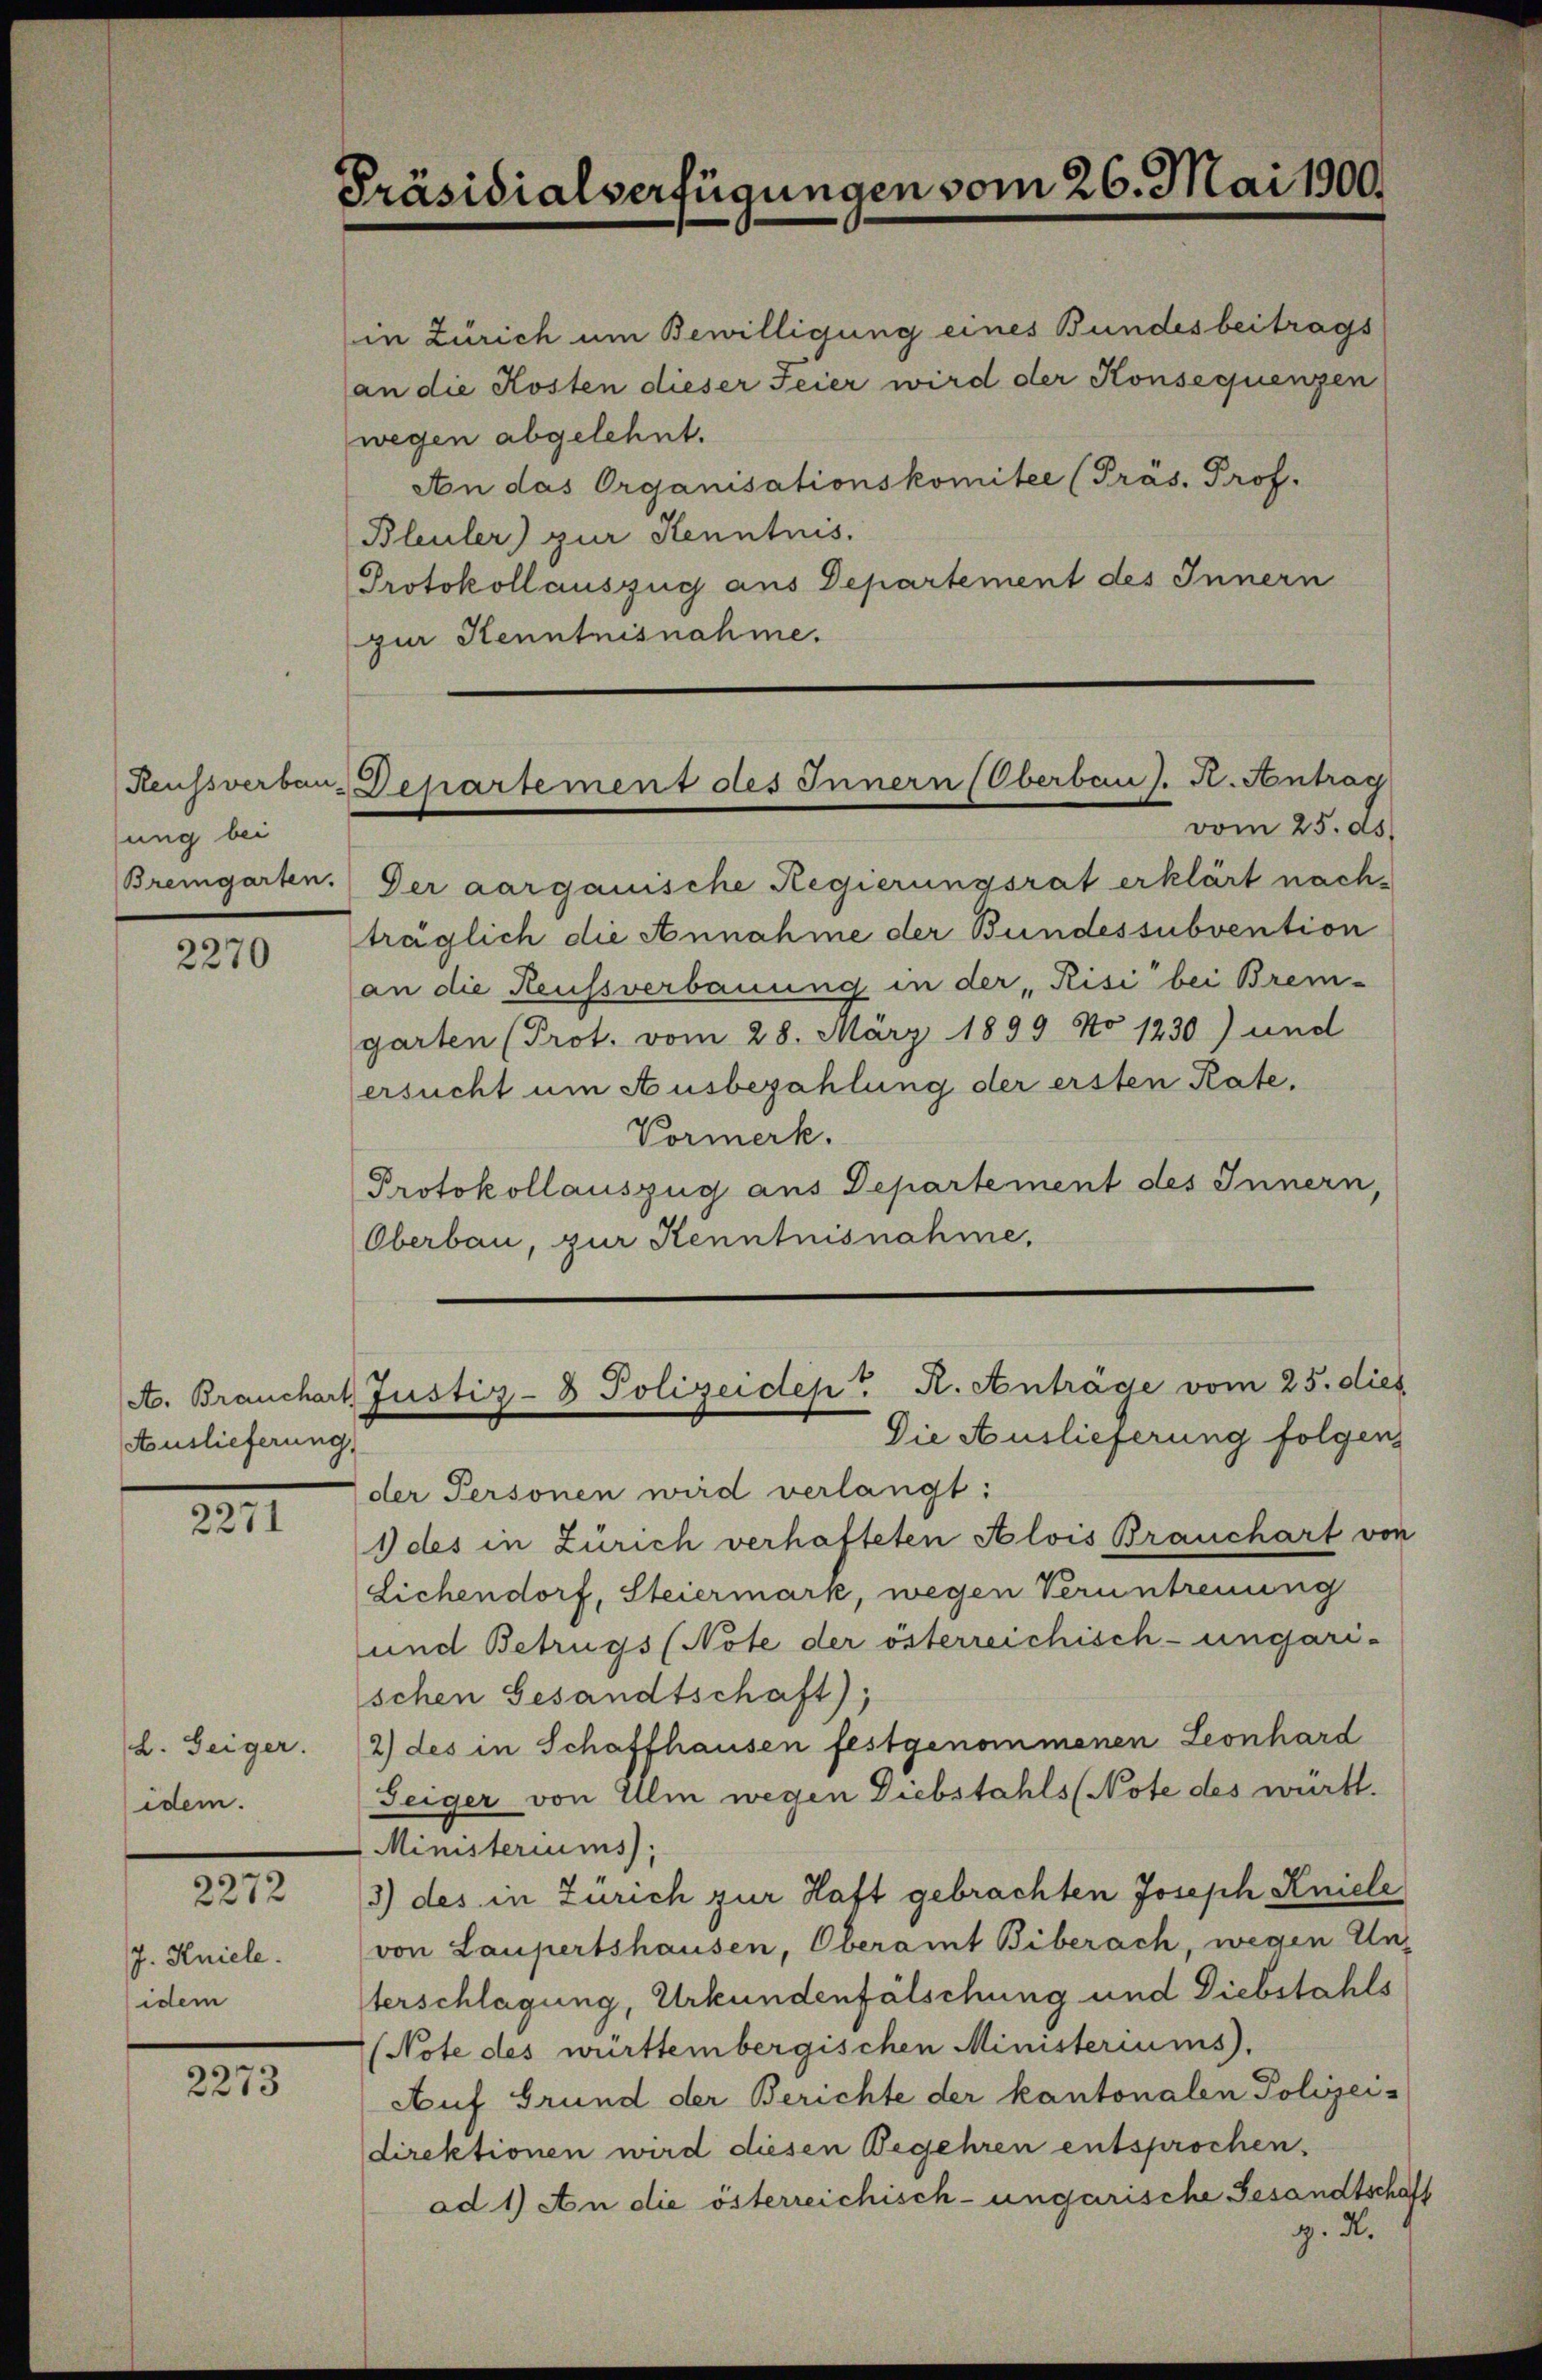
sung bei
Bremgarten.

2270

Auslieferung

2271

L. Zeiger.
idem.

2272

J. Kniele.
idem

2273

Präsidialverfügungen vom 26. Mai 1900.

in Zürich um Bewilligung eines Bundesbeitrags
an die Kosten dieser Feier wird der Konsequenzen
wegen abgelehnt.
An das Organisationskomitee (Präs. Prof.
Bleuler) zur Kenntnis.
Protokoll auszug aus Departement des Innern
zur Kenntnisnahme.

Der aargauische Regierungsrat erklärt nachträglich die Annahme der Bundessubvention
an die Heussverbauung in der „Risi bei Brem-
garten (Prot. vom 28. März 1899 No 1230) und
ersucht um Ausbezahlung der ersten Rate.
Vormerk.
Protokollauszug aus Departement des Innern
Oberbau, zur Kenntnisnahme.
Die Auslieferung folgen
der Personen wird verlangt:
1) des in Zürich verhafteten Alois Brauchart von
Lichendorf, Steiermark, wegen Veruntreuung
und Betrugs (Note der österreichisch-ungari-
schen Gesandtschaft),
2) des in Schaffhausen festgenommenen Leonhard
Seiger von Ulm wegen Diebstahls (Note des württ.
Ministeriums,
3) des in Zürich zur Haft gebrachten Joseph Kniele
von Laupertshausen, Oberamt Biberach, wegen Un-
terschlagung, Urkundenfälschung und Diebstahls
(Note des württembergischen Ministeriums).
Auf Grund der Berichte der kantonalen Polizeidirektionen wird diesen Begehren entsprochen.
ad 1) An die österreichisch-ungarische Gesandtschaft
g. d.

Reussverben-Departement des Innern (Oberban J. K. Antrag
vom 25. ds.

A. Brauchart Justiz- & Polizeidep. K. Anträge vom 25. dies